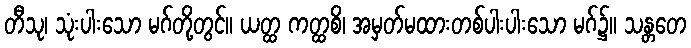
တီသု၊ သုံးပါးသော မဂ်တို့တွင်။ ယတ္ထ ကတ္ထစိ၊ အမှတ်မထားတစ်ပါးပါးသော မဂ်၌။ သန္တတေ